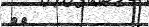
٣٣